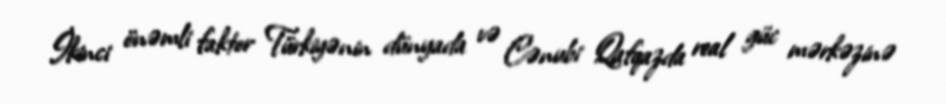
İkinci önəmli faktor Türkiyənin dünyada və Cənubi Qafqazda real güc mərkəzinə